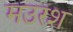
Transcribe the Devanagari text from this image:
मउरश